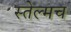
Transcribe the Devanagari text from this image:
स्तेल्मच